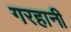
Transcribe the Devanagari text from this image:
गरहानी